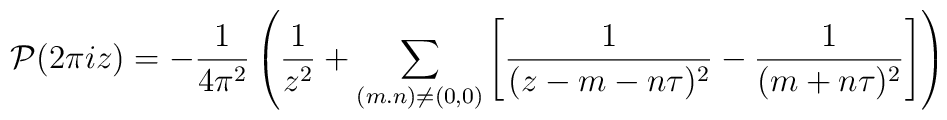
{\cal P}(2\pi i z)=-\frac{1}{4\pi^{2}}\left( \frac{1}{z^{2}}    + \sum _{(m.n)\neq (0,0)}\left[\frac{1}{(z-m-n\tau)^{2}}-   \frac{1}{(m+n\tau)^{2}} \right] \right)